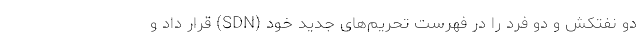
دو نفتکش و دو فرد را در فهرست تحریم‌های جدید خود (SDN) قرار داد و